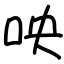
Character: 咉